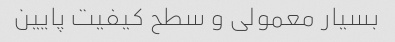
بسیار معمولی و سطح کیفیت پایین